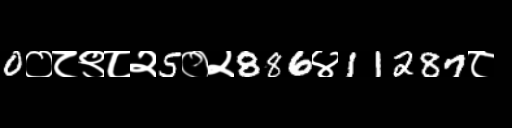
Text: 0०८९८२5०२886४11287८